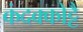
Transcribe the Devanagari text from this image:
कंदक्कोट्टै